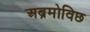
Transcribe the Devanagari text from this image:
अब्रमोविछ